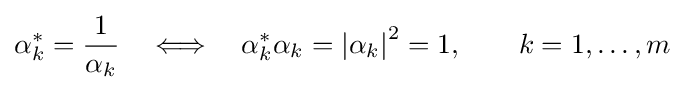
\alpha _{k}^{*}={\frac {1}{\alpha _{k}}}\quad \Longleftrightarrow \quad \alpha _{k}^{*}\alpha _{k}=\left|\alpha _{k}\right|^{2}=1,\qquad k=1,\ldots ,m